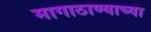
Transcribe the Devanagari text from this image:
मागाठाण्याच्या